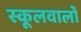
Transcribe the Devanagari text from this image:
स्कूलवालों